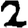
Digit: 2